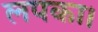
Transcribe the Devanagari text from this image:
लपका।